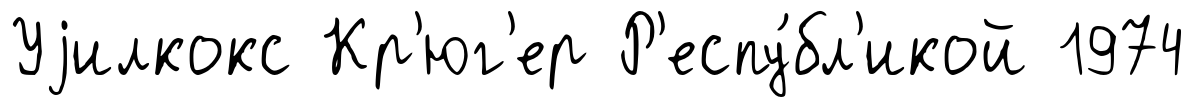
Уjилкокс Кр'юг'ер Р'еспу́бл'икой 1974